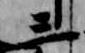
三